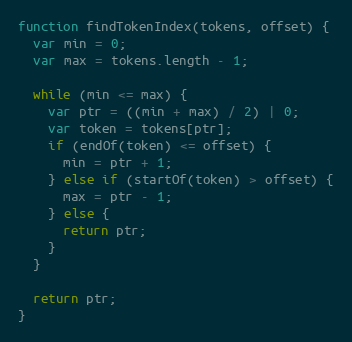
Language: JavaScript
function findTokenIndex(tokens, offset) {
  var min = 0;
  var max = tokens.length - 1;

  while (min <= max) {
    var ptr = ((min + max) / 2) | 0;
    var token = tokens[ptr];
    if (endOf(token) <= offset) {
      min = ptr + 1;
    } else if (startOf(token) > offset) {
      max = ptr - 1;
    } else {
      return ptr;
    }
  }

  return ptr;
}